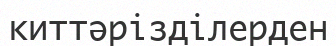
киттәрізділерден